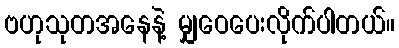
ဗဟုသုတအနေနဲ့ မျှဝေပေးလိုက်ပါတယ်။